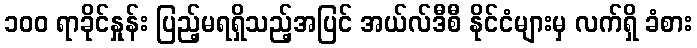
၁၀၀ ရာခိုင်နှုန်း ပြည့်မရရှိသည့်အပြင် အယ်လ်ဒီစီ နိုင်ငံများမှ လက်ရှိ ခံစား